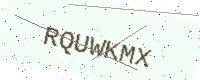
Text: RQUWKMX